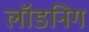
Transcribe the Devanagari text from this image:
लॉडनिग